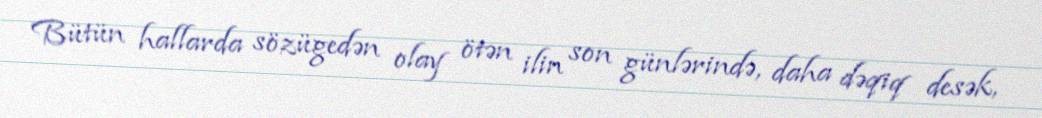
Bütün hallarda sözügedən olay ötən ilin son günlərində, daha dəqiq desək,